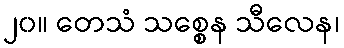
၂၀။ တေသံ သစ္စေန သီလေန၊